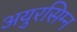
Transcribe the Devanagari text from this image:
अयुरसिम्न